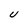
Character: U